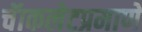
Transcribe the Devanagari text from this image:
चॅाकलेटप्रमाणे